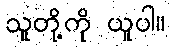
သူတို့ကို ယူပါ။